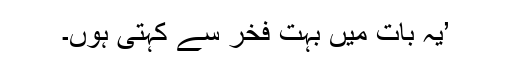
’یہ بات میں بہت فخر سے کہتی ہوں۔